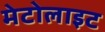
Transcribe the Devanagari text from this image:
मेटोलाइट